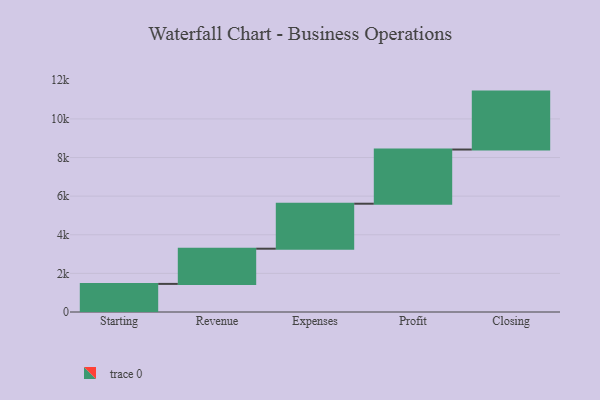
{"axis": {"x": "Step", "y": "Value"}, "legend": [""], "data": [{"x": "Starting", "y": 1455.0, "type": ""}, {"x": "Revenue", "y": 1823.0, "type": ""}, {"x": "Expenses", "y": 2330.0, "type": ""}, {"x": "Profit", "y": 2806.0, "type": ""}, {"x": "Closing", "y": 3000, "type": ""}]}